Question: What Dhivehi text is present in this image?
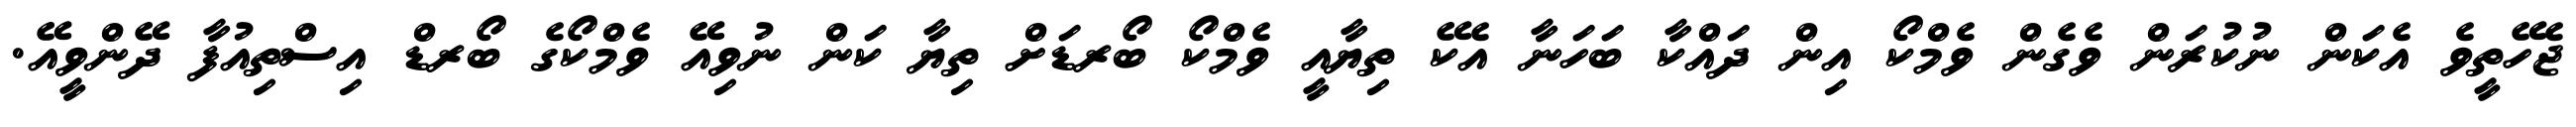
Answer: ޖެހޭތީވެ އެކަން ނުކުރަން ވެގެން ވެމްކޯ އިން ދައްކާ ބަހަނާ އެކޭ ތިޔާއީ ވެމްކޯ ބޯރޑަށް ތިޔާ ކަން ނުވިއޭ ވެމްކޯގެ ބޯރޑް އިސްތިއުފާ ދޭންވީއޭ.